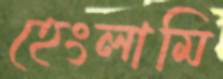
হেংলামি